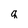
Character: q